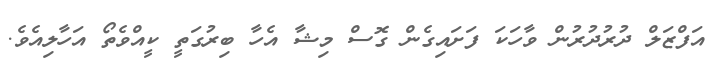
އަފްޒަލް ދުރުދުރުން ވާހަކަ ފަށައިގެން ގޮސް މިޝާ އެހާ ބިރުގަތީ ކީއްވެތޯ އަހާލިއެވެ.